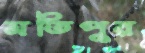
মতিপুর